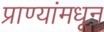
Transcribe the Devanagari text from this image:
प्राण्यांमधून